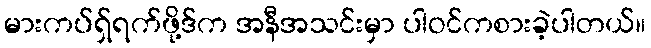
မားကပ်ရှ်ရက်ဖို့ဒ်က အနီအသင်းမှာ ပါဝင်ကစားခဲ့ပါတယ်။